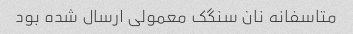
متاسفانه نان سنگک معمولی ارسال شده بود